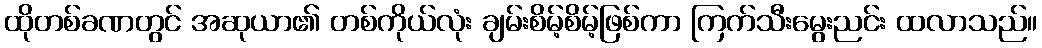
ထိုတစ်ခဏတွင် အဆုယာ၏ တစ်ကိုယ်လုံး ချမ်းစိမ့်စိမ့်ဖြစ်ကာ ကြက်သီးမွေးညင်း ထလာသည်။